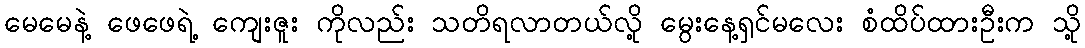
မေမေနဲ့ ဖေဖေရဲ့ ကျေးဇူး ကိုလည်း သတိရလာတယ်လို့ မွေးနေ့ရှင်မလေး စံထိပ်ထားဦးက သို့